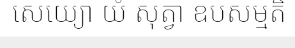
សេយ្យោ យំ សុត្វា ឧបសម្មតិ